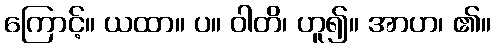
ကြောင့်။ ယထာ။ ပ။ ဝါတိ၊ ဟူ၍။ အာဟ၊ ၏။